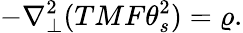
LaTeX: -\nabla_{\perp}^{2}(TMF\theta_{s}^{2})=\varrho.